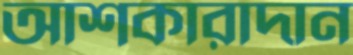
আশকারাদান